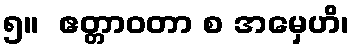
၅။  ဧတ္တာဝတာ စ အမှေဟိ၊